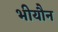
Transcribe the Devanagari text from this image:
भीयौन